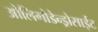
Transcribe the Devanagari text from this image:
ओलिगोडेन्ड्रोसाईट